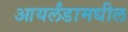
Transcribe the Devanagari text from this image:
आयर्लंडामधील